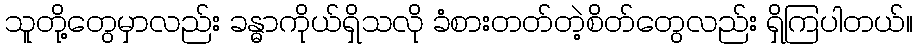
သူတို့တွေမှာလည်း ခန္ဓာကိုယ်ရှိသလို ခံစားတတ်တဲ့စိတ်တွေလည်း ရှိကြပါတယ်။